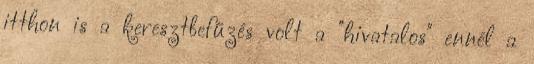
itthon is a keresztbefűzés volt a "hivatalos" ennél a